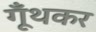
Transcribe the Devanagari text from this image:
गूँथकर